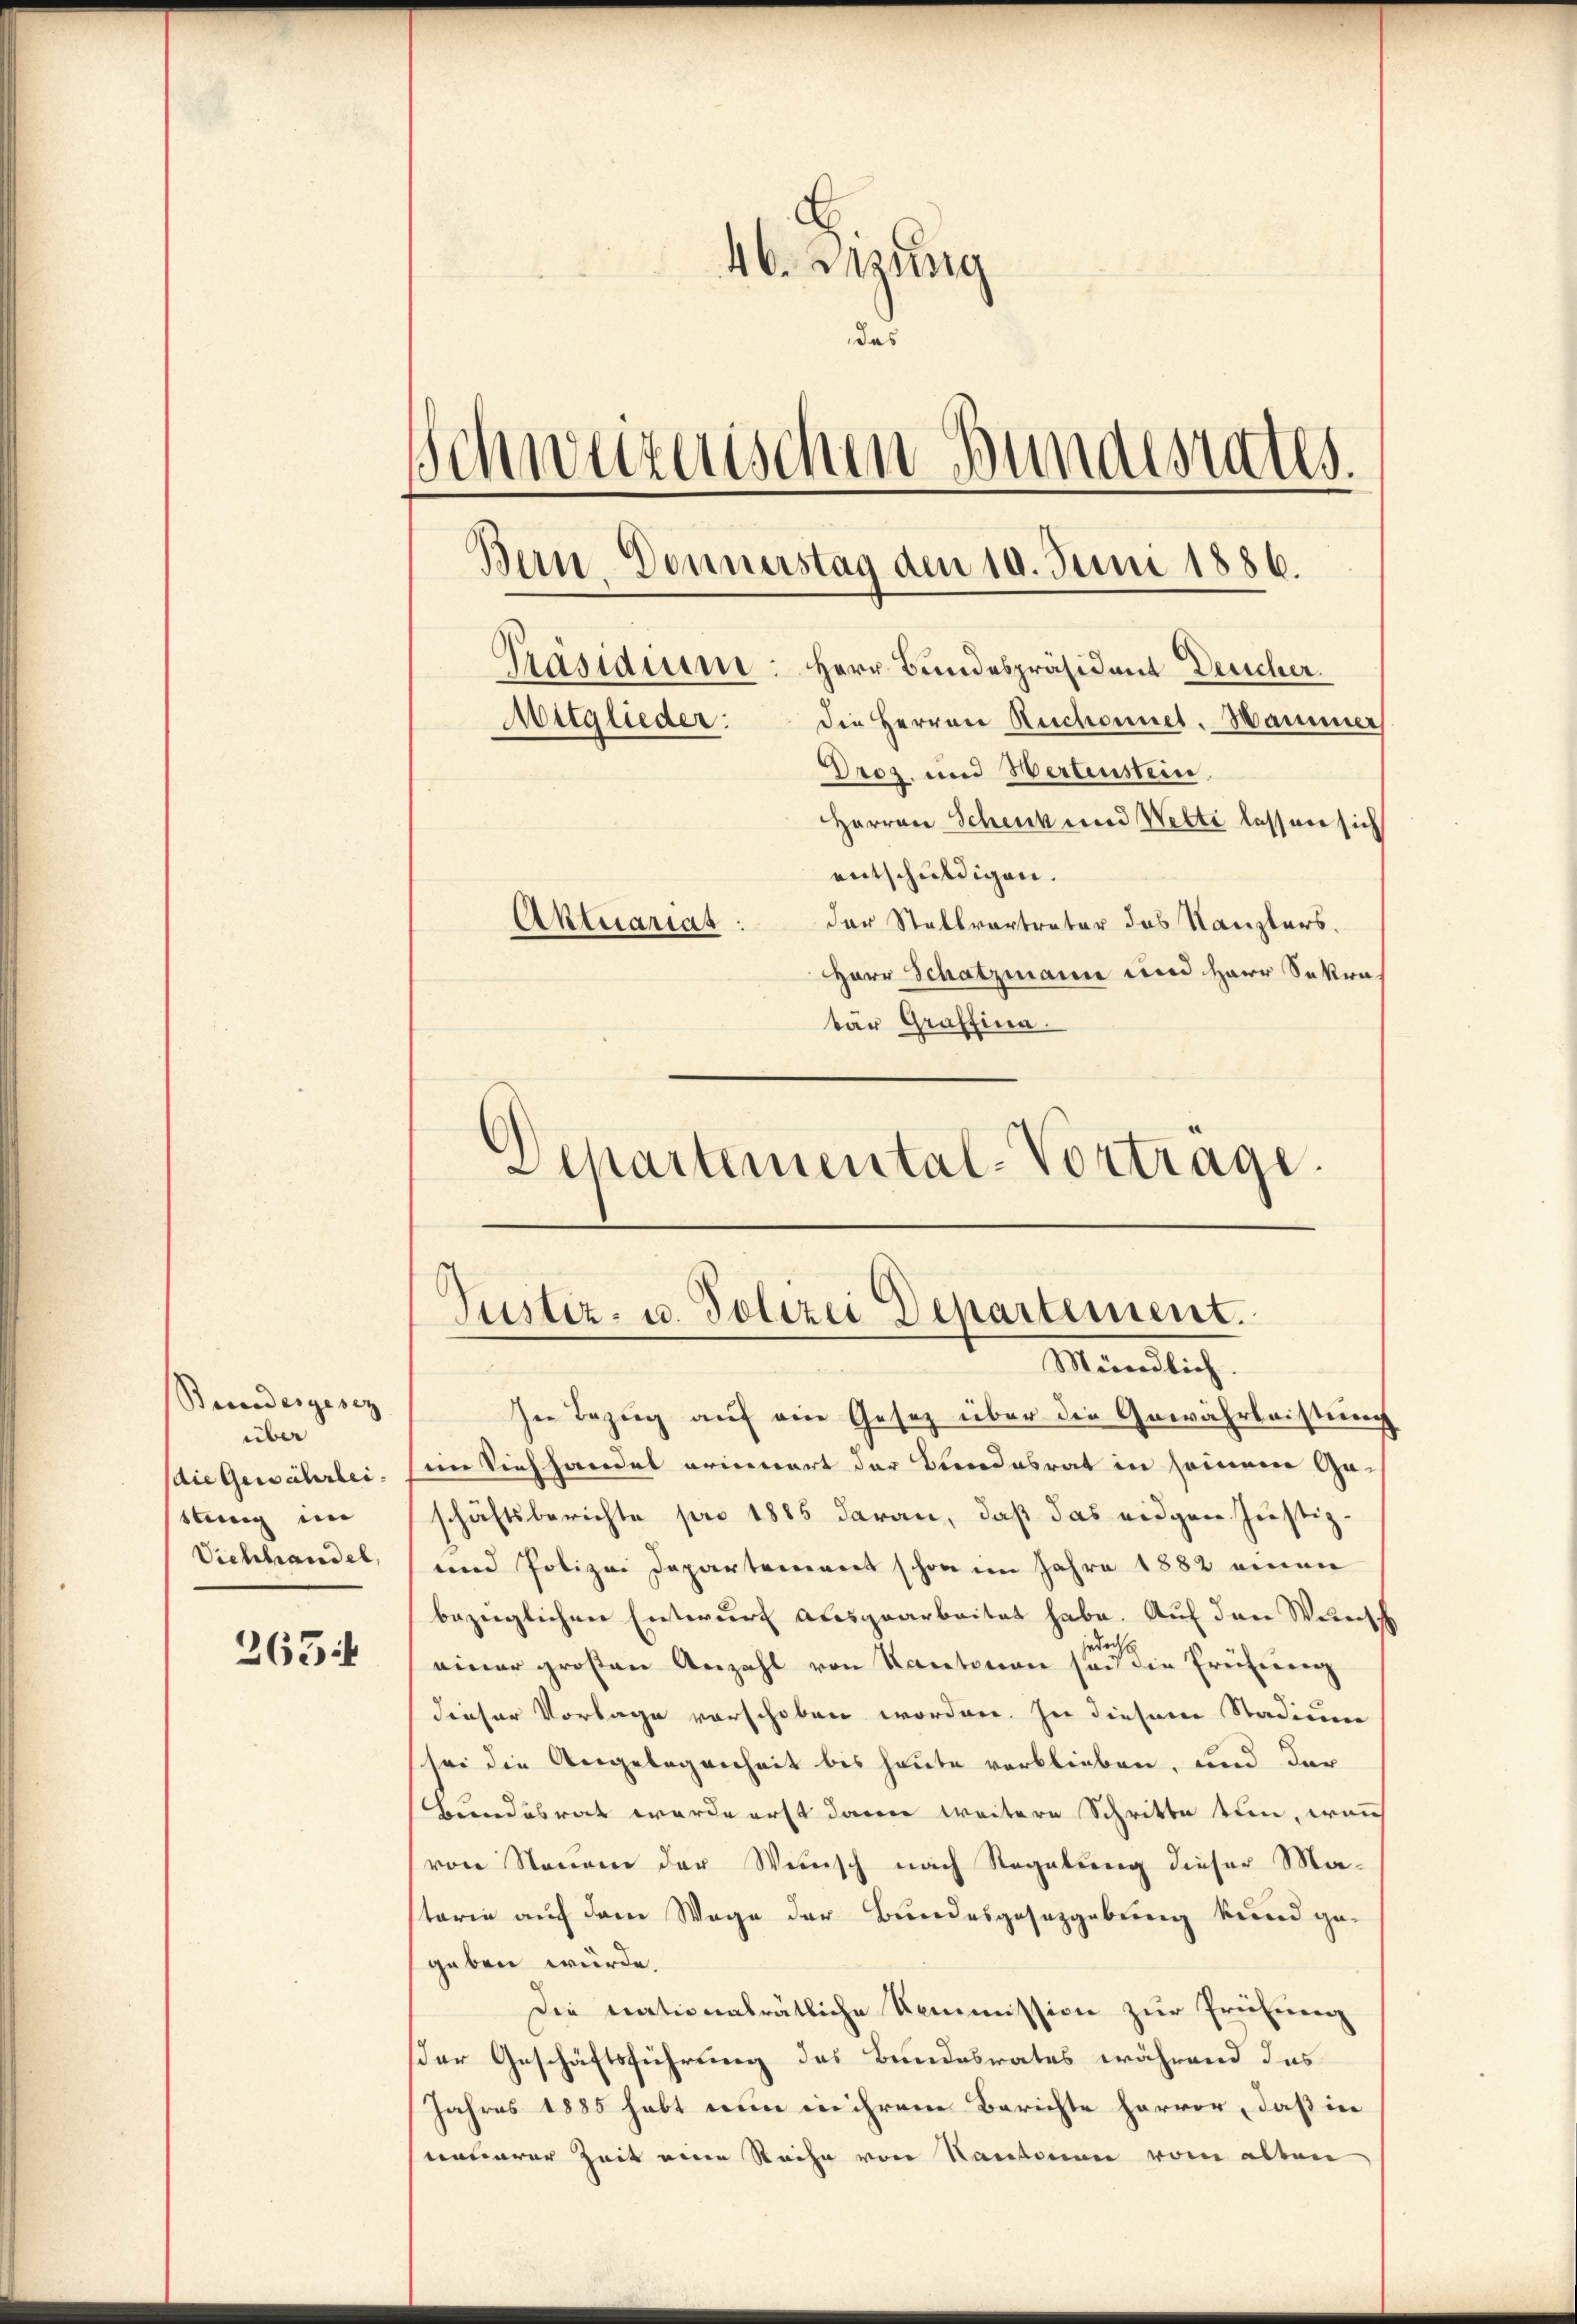
Bundesgesez
über
die Gewährlei.
ttung im
Viehhandel,

265

46. Lesung
das
Schweizerischen Bundesrates.
Präsidium: Herr Bundespräsident Deucher
Die Herren Reschonnet. Hammer
Mitglieder:
Droz. und Wertenstein.
Herren Schenk und Wette lassen sich
entschuldigen.
der Stallvertreter das Kanzlers.
Aktuariat
Herr Schatzmann und Herr Sakratär Graffina

Bern-Donnerstag den 10. Juni 1886.

Departemental-Vorträge.
Justiz- u. Polizei Departement.
Mündlich.

In Bezug auf ein Gesetz über die Gewährleistung
im Viehhandel erinnert der Bundesrat in seinem Ge-
schäftsberichte pro 1885 daran, daß das eidgen Justiz¬
und Polizei Departement schon im Jahre 1882 einen
bezüglichen Entwurf ausgearbeitet habe. Auf den Wunsch
einer großen Anzahl von Kantonen sie die Früheren
dieser Vorlage vorschoben worden. In diesem Stadium
sei die Angelegenheit bis heute verblieben, und der
Bundesrat werde erst dann weitere Schritte tun, wenn
von Neuen der Wünsch nach Regelung dieser Ma-
torie auf dem Wege der Bundesgesetzgebung kund ge-
geben würde.
Die nationalrätliche Kommission zur Prüfung
der Geschäftsführung des Bundesrates während das
Jahres 1885 habt nun in ihrem Berichte hervor, daß in
nonnerer Zeit eine Sache von Kantonen vom alten